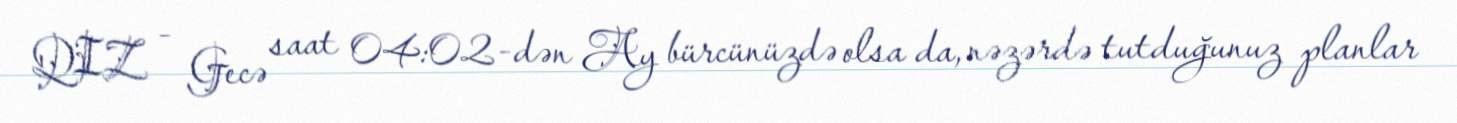
QIZ - Gecə saat 04:02-dən Ay bürcünüzdə olsa da, nəzərdə tutduğunuz planlar